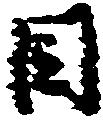
目